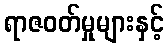
ရာဇဝတ်မှုများနှင့်